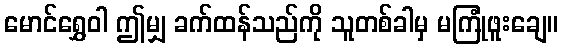
မောင်ရွှေဝါ ဤမျှ ခက်ထန်သည်ကို သူတစ်ခါမှ မကြုံဖူးချေ။